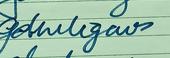
Signature authenticity: forged